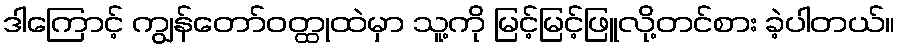
ဒါကြောင့် ကျွန်တော်ဝတ္ထုထဲမှာ သူ့ကို မြင့်မြင့်ဖြူလို့တင်စား ခဲ့ပါတယ်။